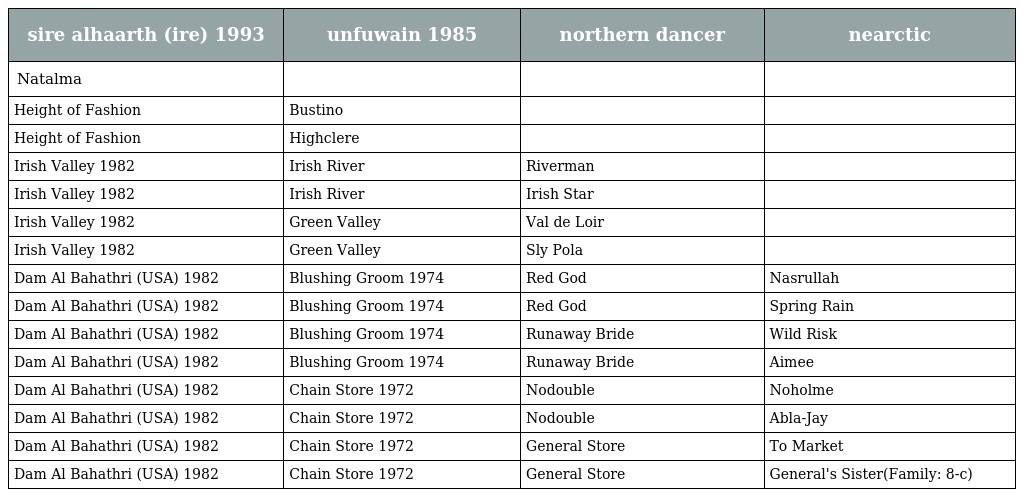
| sire alhaarth (ire) 1993 | unfuwain 1985 | northern dancer | nearctic |
 | --- | --- | --- | --- |
 | Natalma |  |  |  |
 | Height of Fashion | Bustino |  |  |
 | Height of Fashion | Highclere |  |  |
 | Irish Valley 1982 | Irish River | Riverman |  |
 | Irish Valley 1982 | Irish River | Irish Star |  |
 | Irish Valley 1982 | Green Valley | Val de Loir |  |
 | Irish Valley 1982 | Green Valley | Sly Pola |  |
 | Dam Al Bahathri (USA) 1982 | Blushing Groom 1974 | Red God | Nasrullah |
 | Dam Al Bahathri (USA) 1982 | Blushing Groom 1974 | Red God | Spring Rain |
 | Dam Al Bahathri (USA) 1982 | Blushing Groom 1974 | Runaway Bride | Wild Risk |
 | Dam Al Bahathri (USA) 1982 | Blushing Groom 1974 | Runaway Bride | Aimee |
 | Dam Al Bahathri (USA) 1982 | Chain Store 1972 | Nodouble | Noholme |
 | Dam Al Bahathri (USA) 1982 | Chain Store 1972 | Nodouble | Abla-Jay |
 | Dam Al Bahathri (USA) 1982 | Chain Store 1972 | General Store | To Market |
 | Dam Al Bahathri (USA) 1982 | Chain Store 1972 | General Store | General's Sister(Family: 8-c) |